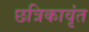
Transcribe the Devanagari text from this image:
छत्रिकावृंत